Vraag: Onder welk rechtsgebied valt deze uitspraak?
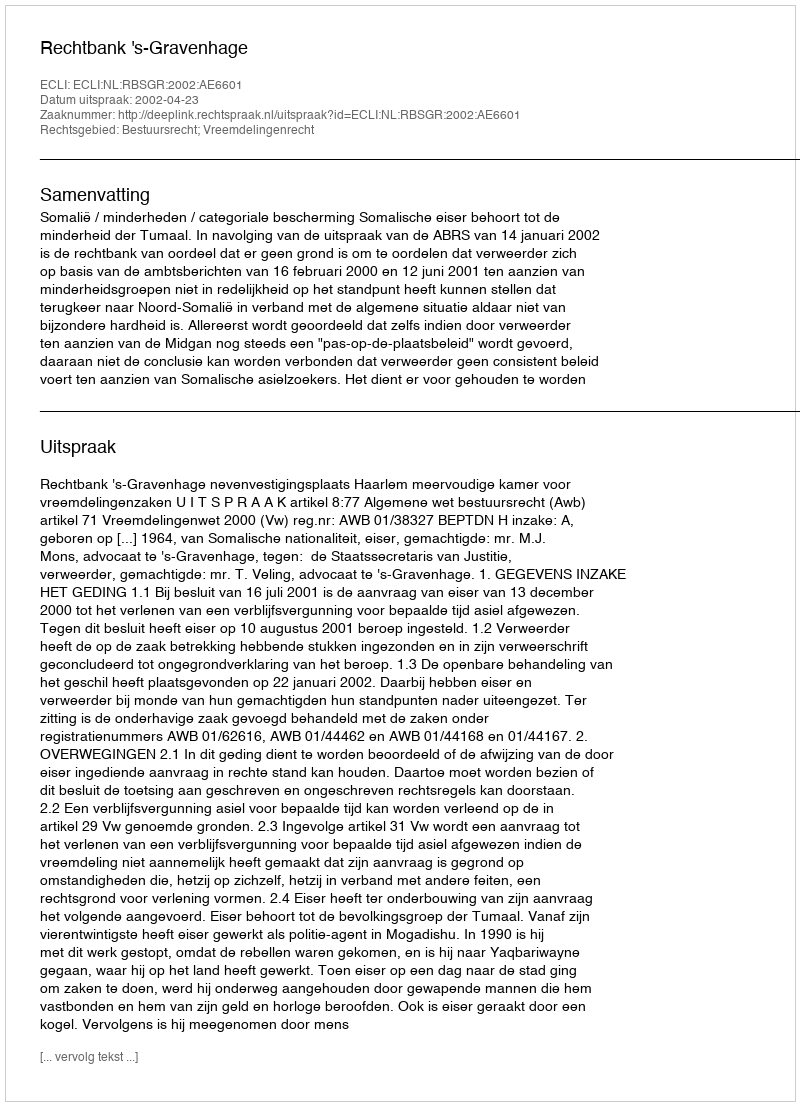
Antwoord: Bestuursrecht; Vreemdelingenrecht